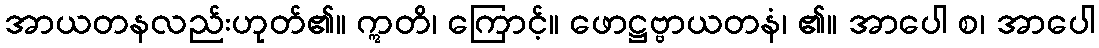
အာယတနလည်းဟုတ်၏။ ဣတိ၊ ကြောင့်။ ဖောဋ္ဌဗ္ဗာယတနံ၊ ၏။ အာပေါ စ၊ အာပေါ